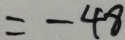
= - 4 8